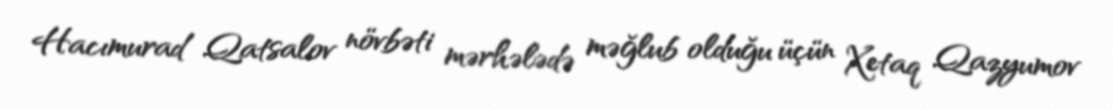
Hacımurad Qatsalov növbəti mərhələdə məğlub olduğu üçün Xetaq Qazyumov